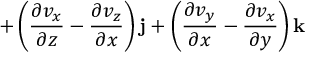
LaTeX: + \left( { \frac { \partial v _ { x } } { \partial z } } - { \frac { \partial v _ { z } } { \partial x } } \right) \mathbf { j } + \left( { \frac { \partial v _ { y } } { \partial x } } - { \frac { \partial v _ { x } } { \partial y } } \right) \mathbf { k }